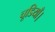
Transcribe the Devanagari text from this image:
चूडियाँ।